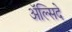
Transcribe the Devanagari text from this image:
अॅल्सिदे